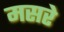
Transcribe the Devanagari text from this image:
मसरे